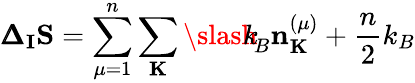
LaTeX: {\pmb\Delta}_{\mathbf I}{\mathbf S}=\sum_{\mu=1}^{n}\sum_{\mathbf K}{\slash\! \! \! k}_{\! {B}}{\mathbf n}_{\mathbf K}^{(\mu)}+\frac{n}{2}k_{B}